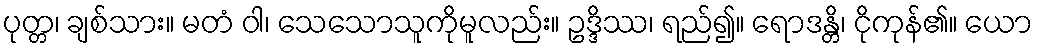
ပုတ္တ၊ ချစ်သား။ မတံ ဝါ၊ သေသောသူကိုမူလည်း။ ဥဒ္ဒိဿ၊ ရည်၍။ ရောဒန္တိ၊ ငိုကုန်၏။ ယော